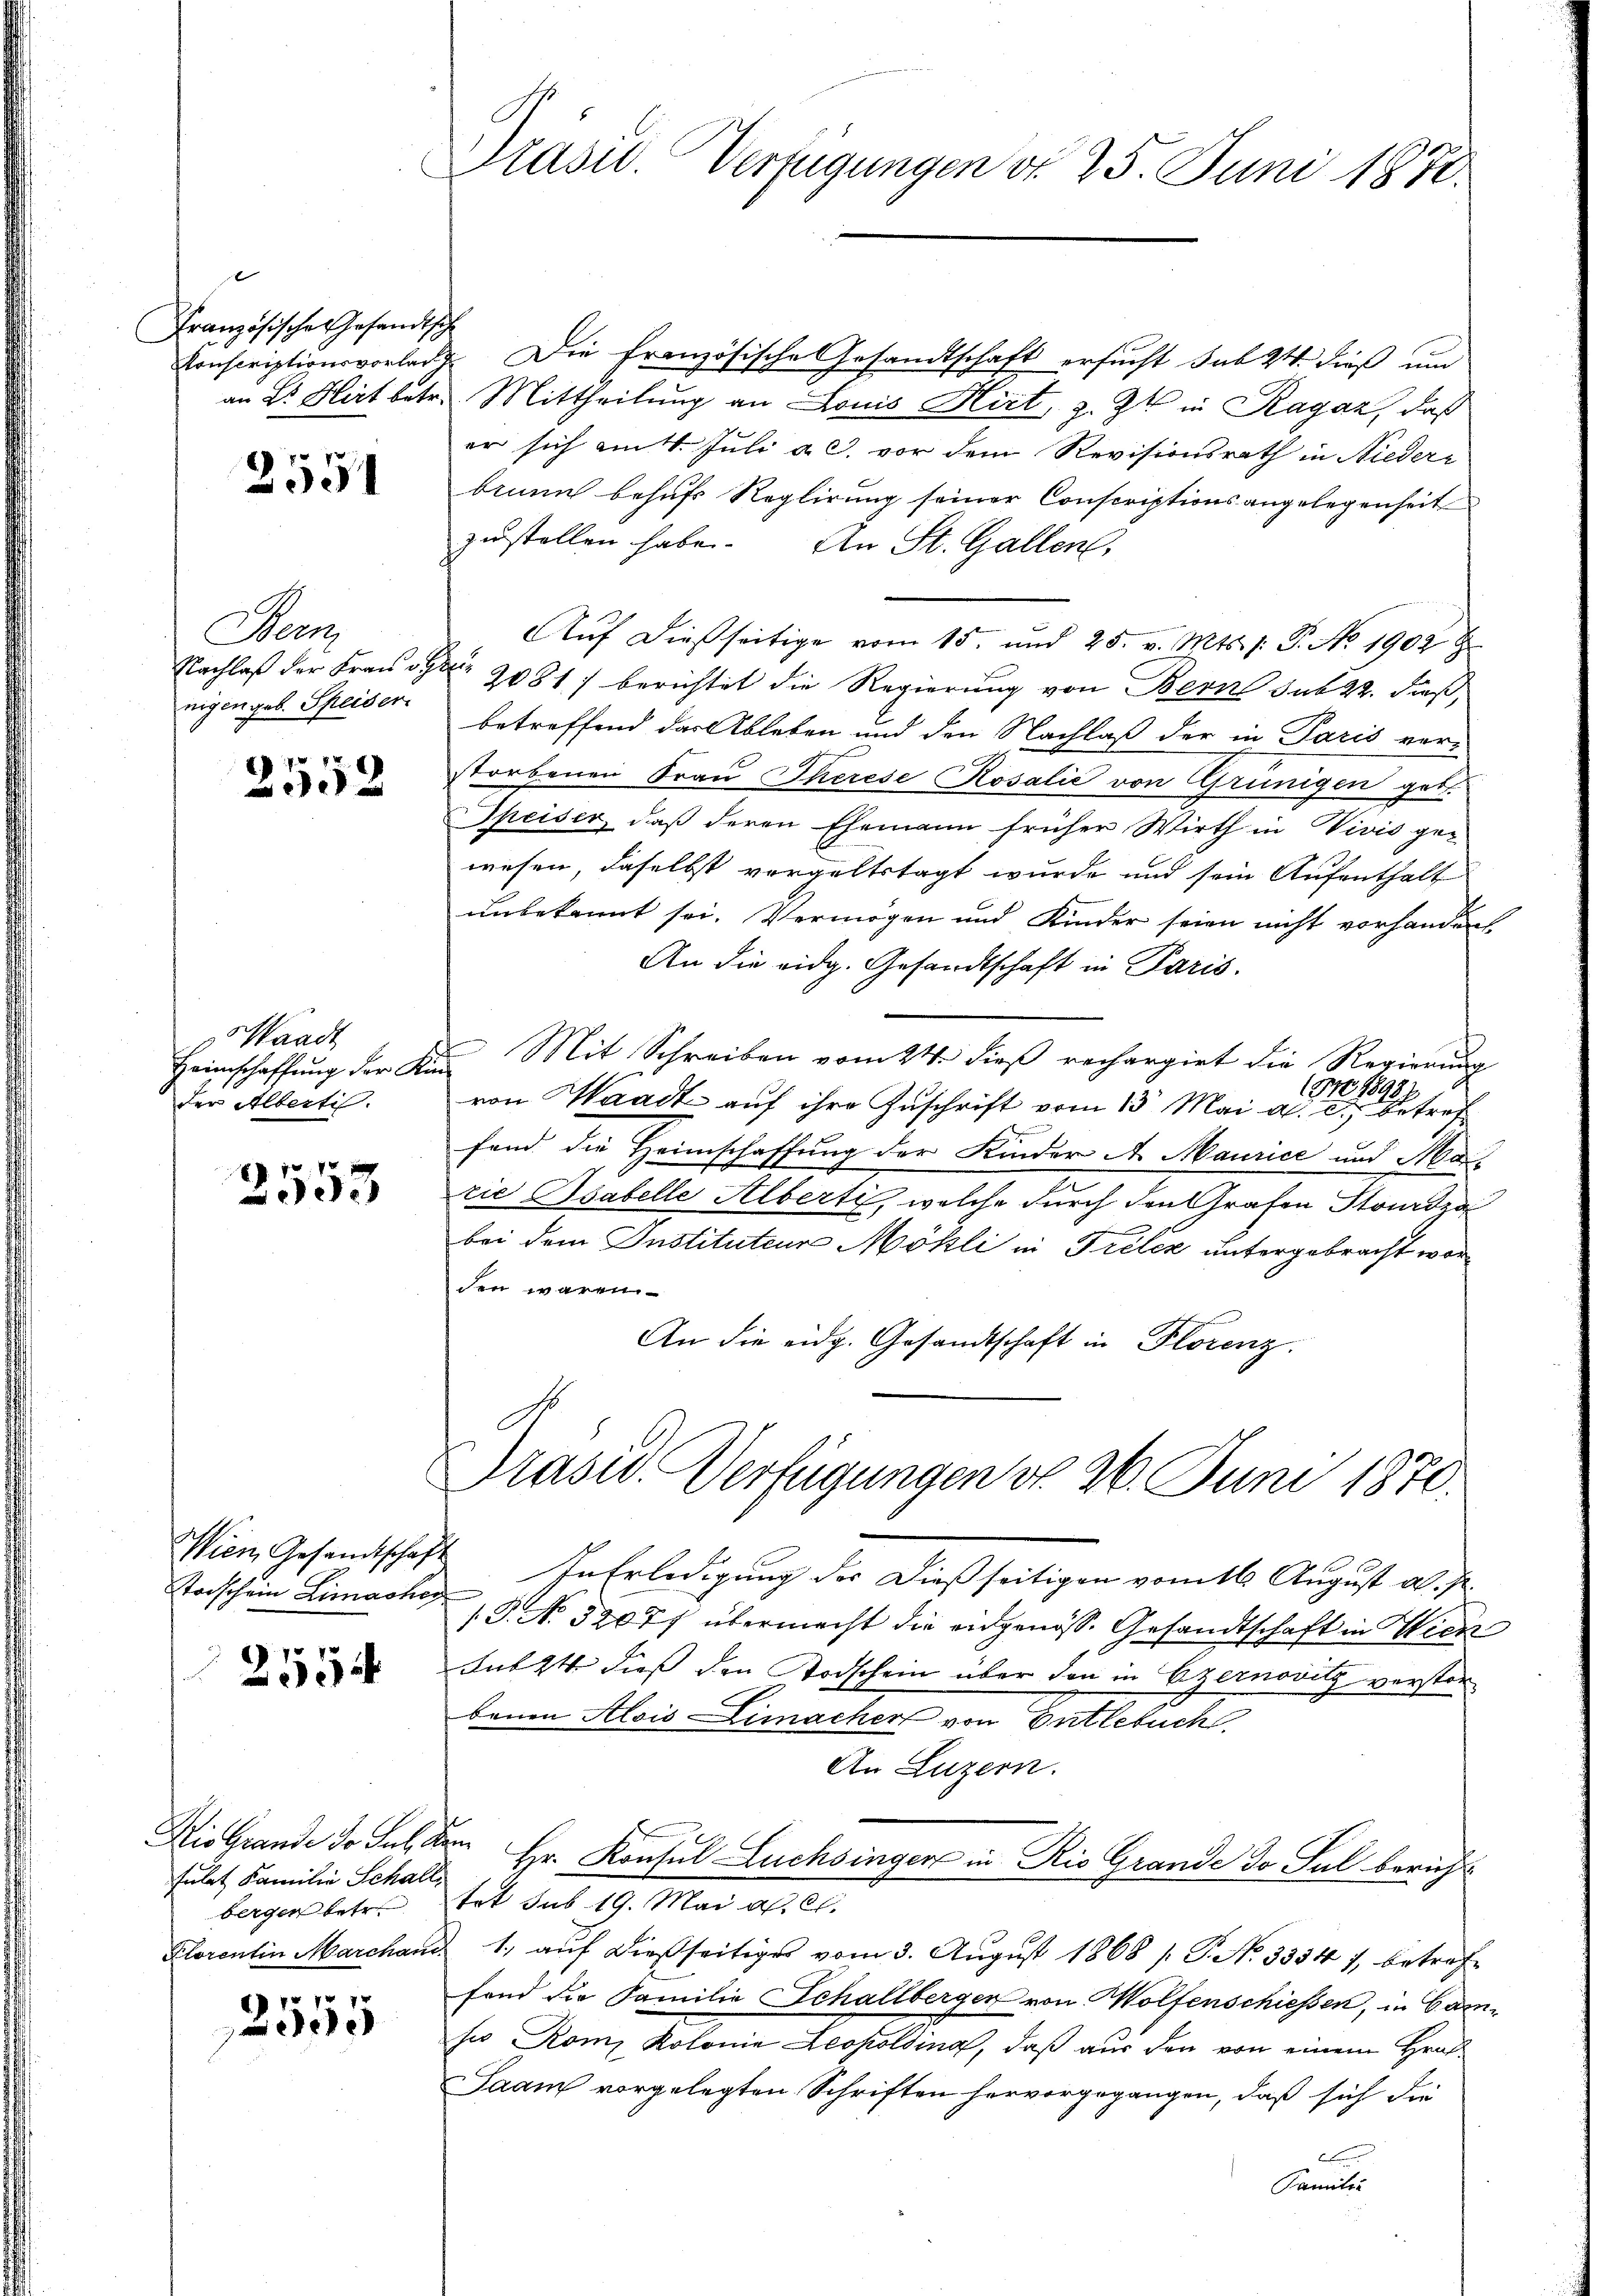
Französische Gesandtsch
Stonscriptionsvorlad

2551

Mon
Nachlaß der Frau v.
nigen geb. Speiser

f 8 x
2

Waadt
Heimschaffung der K.
der Alberti.

f 12 x
e

Wien Gesandtschaft
toischein Limacher
7
2554

Fulat Familie Schalt
bergen betr.
Klorentin Marchan

br 17
edenen

Präsid. Verfügungen d. 25. Juni 1870.

d
. Die französische Gesandtschaft ersucht sub 24. dieß und
an Dr Hirt betr. Mittheilung an Louis Hirt, z. Zt. in Ragaz, daß
er sich am 4. Juli a. c. vor dem Revisionsrath in Niedere
brunn behufs Reglirung seiner Conscriptionsangelegenheit
zustellen habe. An St. Gallen,
Auf dießseitige vom 15. und 25. v. Mts. /: P. No 1902
2081) berichtet die Regierung von Bern sub 22. dieß,
betreffend der Ableben und den Nachlaß der in Paris ver-
storbenen Frau Therese Rosalić von Grünigen geb.
Speiser, daß deren Ehemann früher Wirth in Vivis ge-
wesen, daselbst vorgeltstagt wurde und sein Aufenthalt
unbekannt sei. Vermögen und Kinder seien nicht vorhanden
An die eidg. Gesandtschaft in Paris.
 Mit Schreiben vom 24. dieß rechargirt die Regierung
(NNo. 1898)
von Waadt auf ihre Zuschrift vom 13. Mai a. c. betref
fand die Heimschaffung der Kinder A. Maurice und Marrie Isabelle Alberti, welche durch den Grafen Stonidga
bei dem Instituteur Möhli in Préléz untergebracht worden waren
An die eidg. Gesandtschaft in Florenz.
Drasw. Verfügungen do 26. Juni 1870.
In Erledigung der dießseitigen vom 16. August al. Js.
19. No. 52077 übermacht die angenöss. Gesandtschaft in Wien
Lnt 24 dieß den Todschein über den in Czernovitz verstorbeim Alois Limacher von Entlebuch,
An Luzern.
Die Grande de Jul. dem Hr. Konsul Luchsinger in Rio Grande de sul berichtet sub 19. Mai a. c.
 1., auf dießseitiges vom 3. August 1868 / P. No 3334), betreffond die Familie Schallbergen von Wolfenschiessen, in Can
sio Rom Kolonie Leopoldina, daß aus den von einem Hrn.
Saam vorgelegten Schriften hervorgegangen, daß sich die
b
Familie